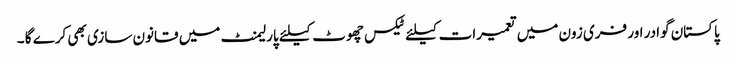
پاکستان گوادر اور فری زون میں تعمیرات کیلئے ٹیکس چھوٹ کیلئے پارلیمنٹ میں قانون سازی بھی کرے گا ۔